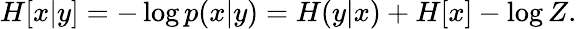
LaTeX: \begin{array}{r}{H[x|y]=-\log p(x|y)=H(y|x)+H[x]-\log Z.}\end{array}